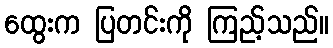
ထွေးက ပြတင်းကို ကြည့်သည်။